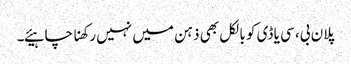
پلان بی، سی یا ڈی کو بالکل بھی ذہن میں نہیں رکھنا چاہیئے۔